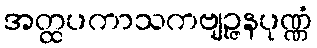
အတ္ထပကာသကဗျဉ္ဇနပုဏ္ဏံ